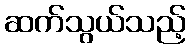
ဆက်သွယ်သည့်